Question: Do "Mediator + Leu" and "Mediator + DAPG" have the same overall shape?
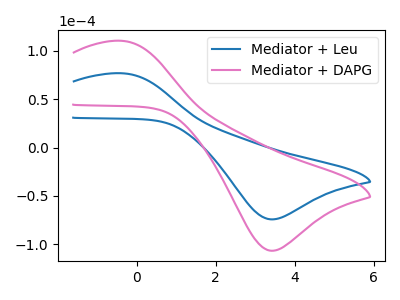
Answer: <think>The blue curve "Mediator + Leu" has an anodic peak at (-0.35V, 76.65uA) and a cathodic peak at (3.40V, -74.20uA). The pink curve "Mediator + DAPG" has an anodic peak at (-0.35V, 110.15uA) and a cathodic peak at (3.40V, -106.60uA).
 All the peaks in "Mediator + Leu" have a peak in "Mediator + DAPG" at the same potential. Every peak in "Mediator + Leu" is lower than every peak in "Mediator + DAPG".</think>
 <answer>"Mediator + Leu" and "Mediator + DAPG" are similar in shape.</answer>
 <eval>same_shape</eval>